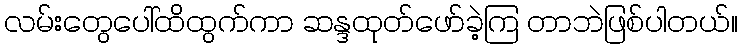
လမ်းတွေပေါ်ထိထွက်ကာ ဆန္ဒထုတ်ဖော်ခဲ့ကြ တာဘဲဖြစ်ပါတယ်။